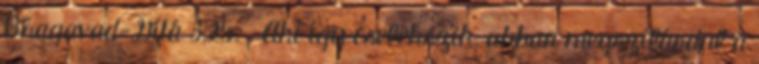
Bhagavad-Gítá 3,25. . Aki így cselekszik, abban megszilárdul a